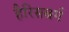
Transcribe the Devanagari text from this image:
हैरिसबर्ग